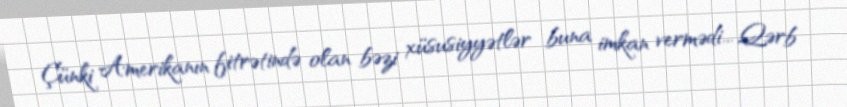
Çünki Amerikanın fitrətində olan bəzi xüsusiyyətlər buna imkan vermədi... Qərb